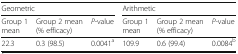
| <COLSPAN=3> Geometric | <COLSPAN=3> Arithmetic |
 | Group 1 mean | Group 2 mean (% efficacy) | P-value | Group 1 mean | Group 2 mean (% efficacy) | P-value |
 | --- | --- | --- | --- | --- | --- |
 | 22.3 | 0.3 (98.5) | 0.0041a | 109.9 | 0.6 (99.4) | 0.0084b |